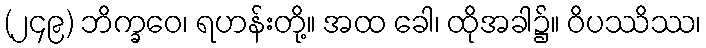
(၂၄၉) ဘိက္ခဝေ၊ ရဟန်းတို့။ အထ ခေါ၊ ထိုအခါ၌။ ဝိပဿိဿ၊